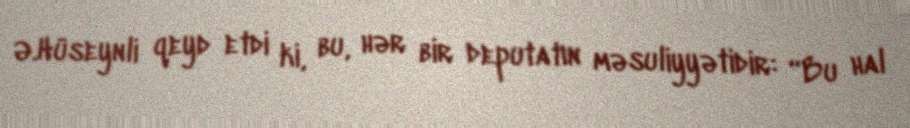
Ə.Hüseynli qeyd etdi ki, bu, hər bir deputatın məsuliyyətidir: “Bu hal